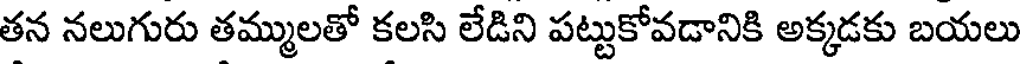
తన నలుగురు తమ్ములతో కలసి లేడిని పట్టుకోవడానికి అక్కడకు బయలు